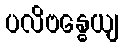
ပလိဗန္ဓေယျ